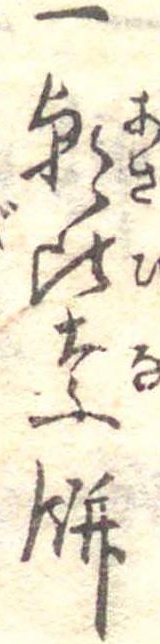
一朝比奈餅